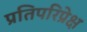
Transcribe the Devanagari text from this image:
प्रतिपरिप्रेक्ष